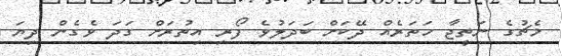
މެޗުގެ ނަތީޖާ ހަތަރެއް ދޭކަށް ބަދަލުވެ ފޯރި އިތުރަށް ގަދަ ވެގެން ދިޔަ